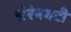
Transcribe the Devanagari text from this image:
सेरेनगटी